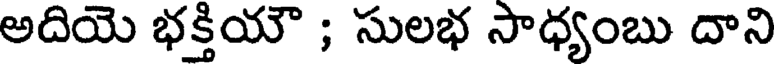
అదియె భక్తియౌ ; సులభ సాధ్యంబు దాని